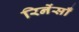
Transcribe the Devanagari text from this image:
रिनेंसाँ